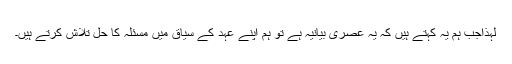
لہذاجب ہم یہ کہتے ہیں کہ یہ عصری بیانیہ ہے تو ہم اپنے عہد کے سیاق میں مسئلہ کا حل تلاش کرتے ہیں۔